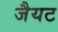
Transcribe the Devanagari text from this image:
जैयट